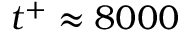
t ^ { + } \approx 8 0 0 0